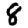
Digit: 8